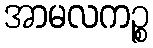
အာမလကဉ္စ